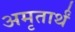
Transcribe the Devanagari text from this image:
अमृतार्थं